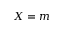
X = m